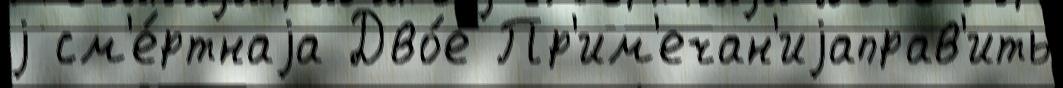
j см'е́ртнаjа Дво́е Пр'им'ечан'иjаправ'ить